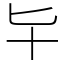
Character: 𠤏